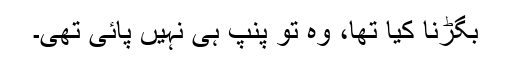
بگڑنا کیا تھا، وہ تو پنپ ہی نہیں پائی تھی۔